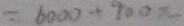
= 6 0 0 0 + 9 0 0 \pi